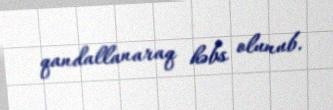
qandallanaraq həbs olunub.